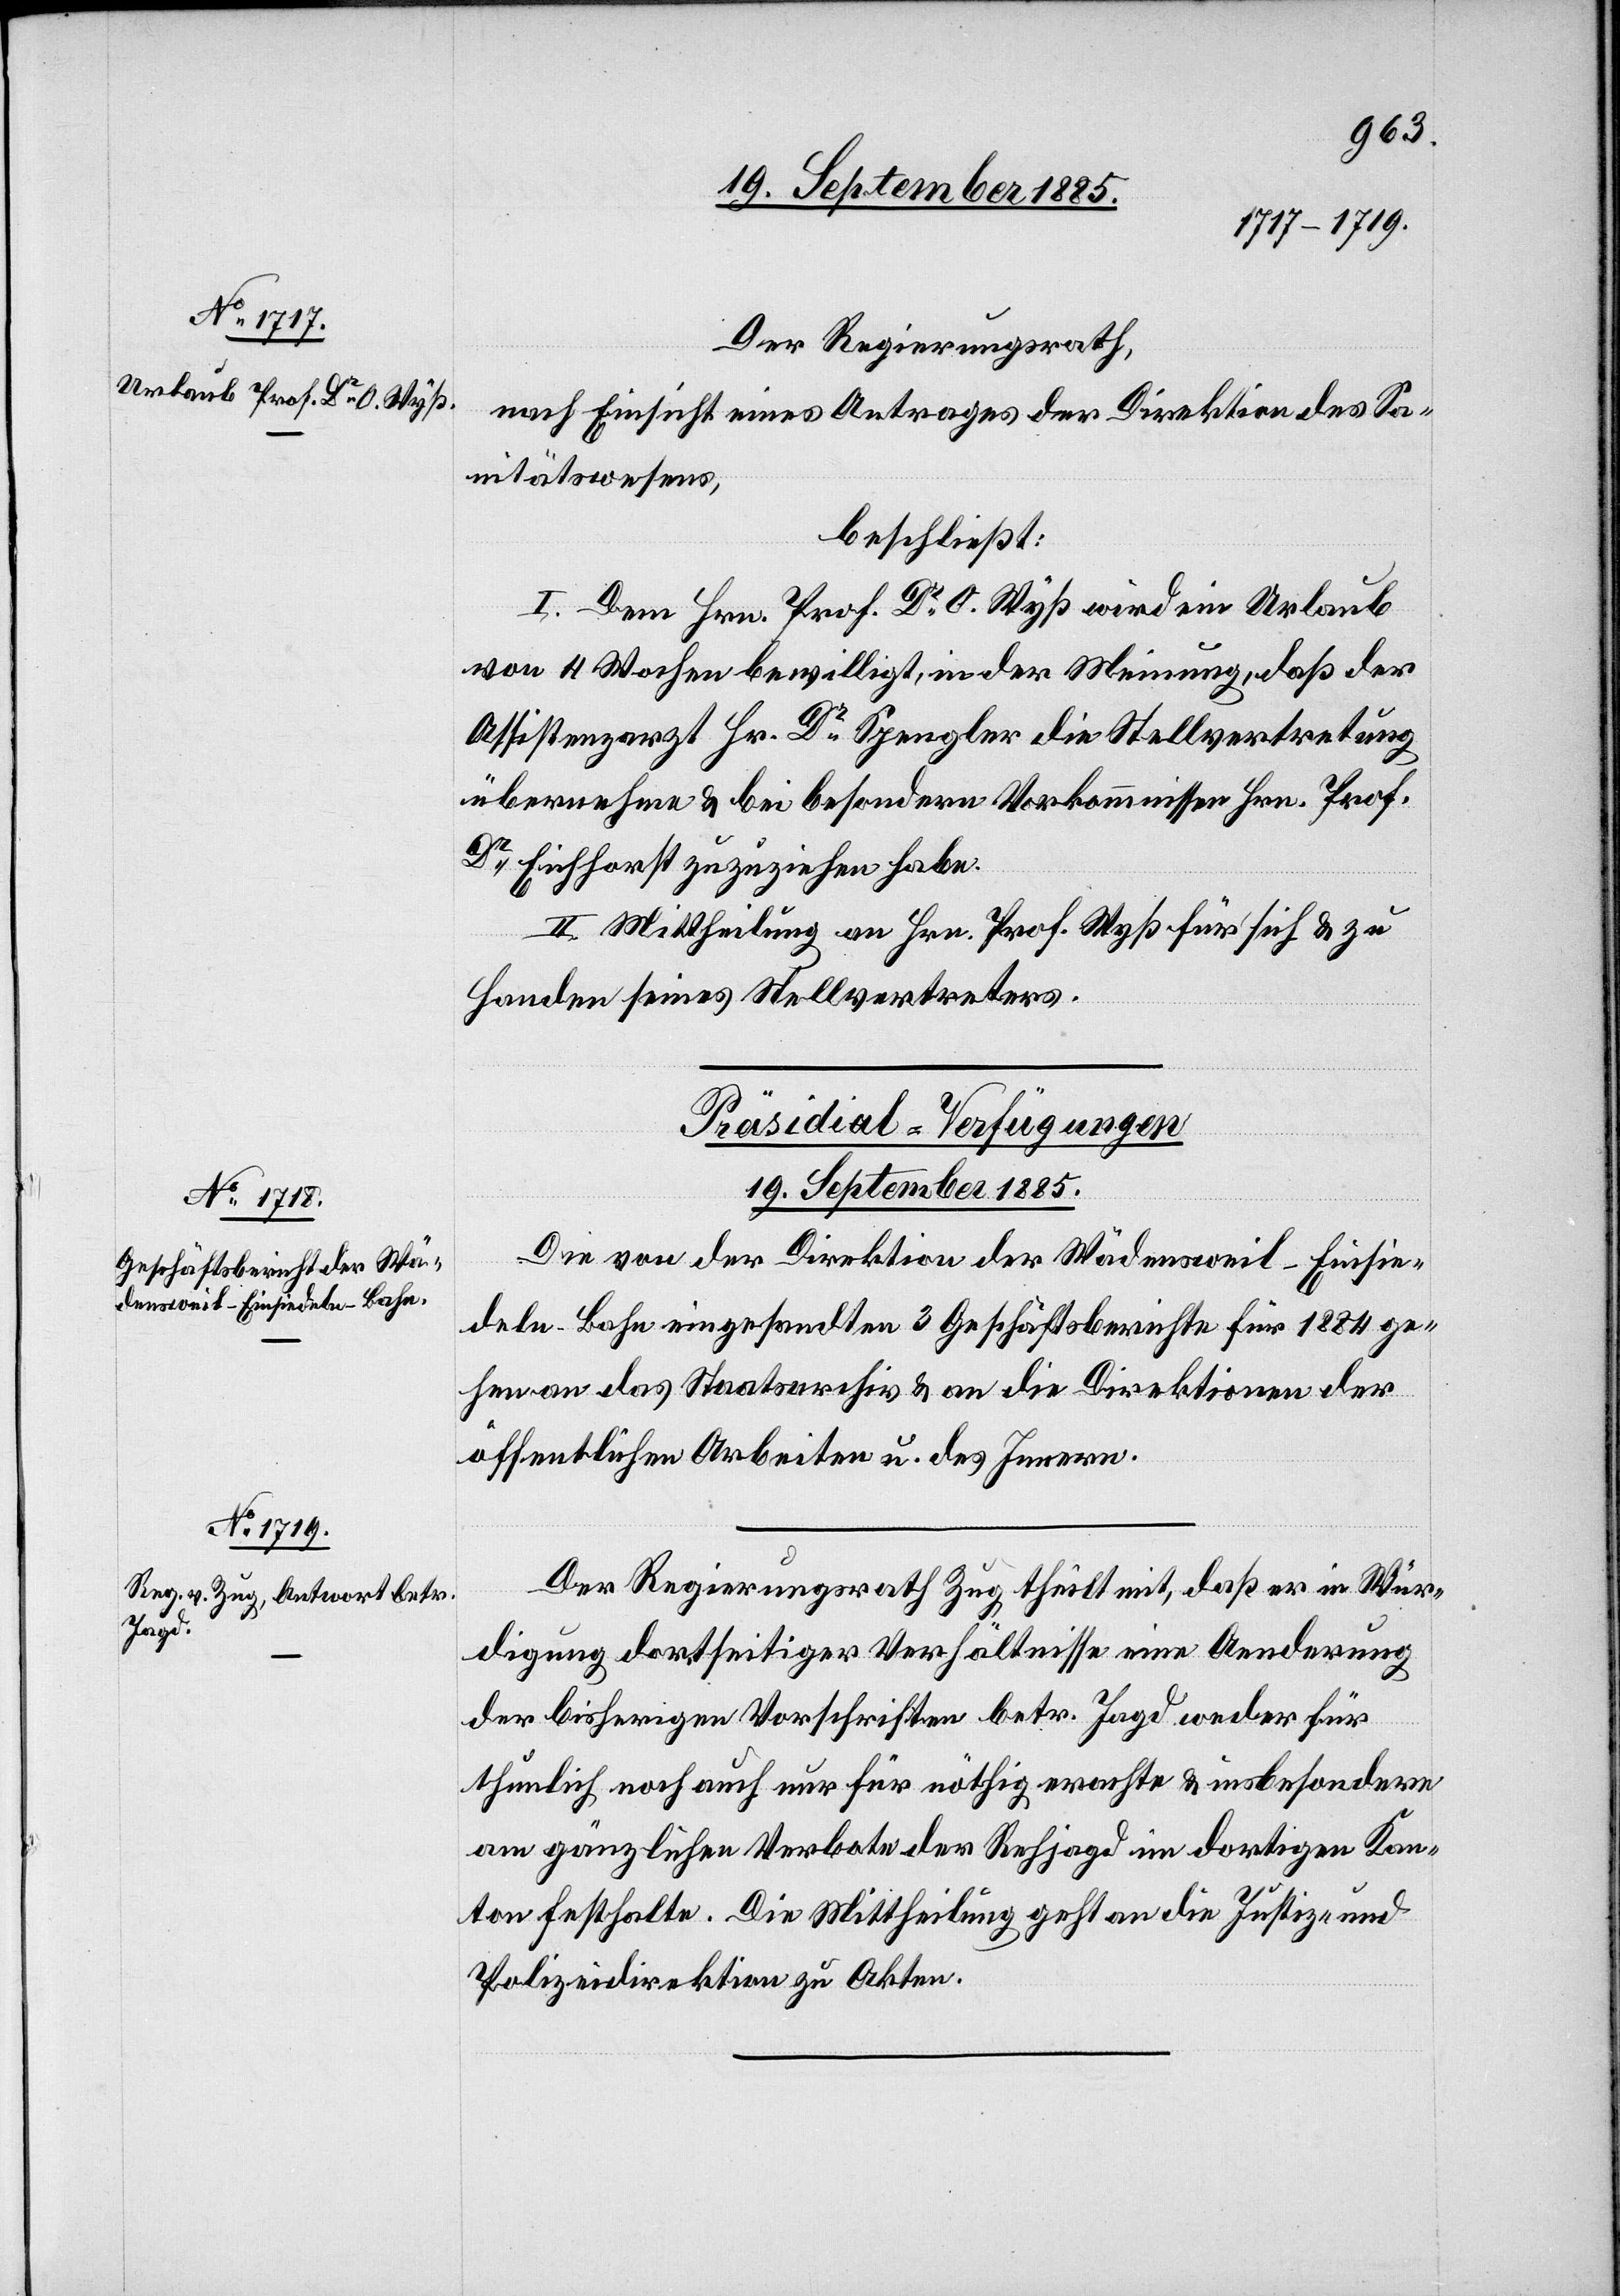
Der Regierungsrath,
nach Einsicht eines Antrages der Direktion des Sa¬
nitätswesens,
beschließt:
I. Dem Hrn. Prof. Dr O. Wyß wird ein Urlaub
von 4 Wochen bewilligt, in der Meinung, daß der
Assistenzarzt Hr. Dr Spengler die Stellvertretung
übernehme & bei besondern Vorkommnissen Hrn. Prof.
Dr Eichhorst zuzuziehen habe.
II. Mittheilung an Hrn. Prof. Wyß für sich & zu
Handen seines Stellvertreters.
[Präsidial-Verfügungen.
19. September 1885.]
Die von der Direktion der Wädensweil–Einsie¬
deln-Bahn eingesandten 3 Geschäftsberichte für 1884 ge¬
hen an das Staatsarchiv & an die Direktionen der
öffentlichen Arbeiten u. des Innern.
Der Regierungsrath Zug, theilt mit, daß er in Wür¬
digung dortseitiger Verhältnisse eine Aenderung
der bisherigen Vorschriften betr. Jagd weder für
thunlich noch auch nur für nöthig erachte & insbesondere
am gänzlichen Verbote der Rehjagd im dortigen Kan¬
ton festhalte. Die Mittheilung geht an die Justiz- und
Polizeidirektion zu Akten.